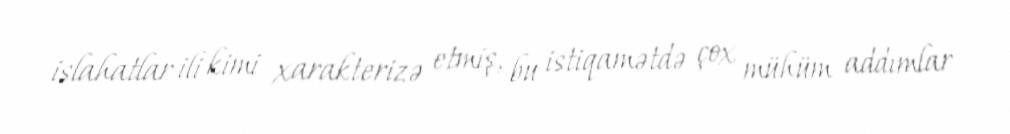
islahatlar ili kimi xarakterizə etmiş, bu istiqamətdə çox mühüm addımlar